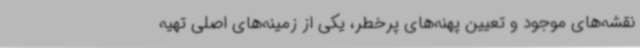
نقشه‌های موجود و تعیین پهنه‌های پرخطر، یکی از زمینه‌های اصلی تهیه